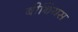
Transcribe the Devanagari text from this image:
बीथियस